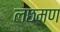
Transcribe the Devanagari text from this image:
लछमण